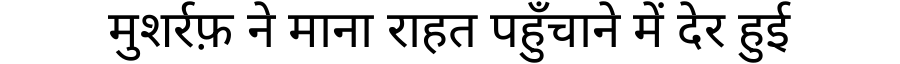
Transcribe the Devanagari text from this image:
मुशर्रफ़ ने माना राहत पहुँचाने में देर हुई